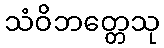
သံဝိဘတ္တေသု